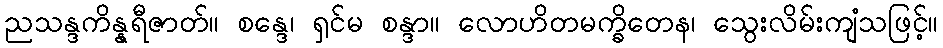
ညသန္ဒကိန္နရီဇာတ်။ စန္ဒေ၊ ရှင်မ စန္ဒာ။ လောဟိတမက္ခိတေန၊ သွေးလိမ်းကျံသဖြင့်။